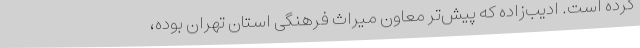
کرده است. ادیب‌زاده که پیش‌تر معاون میراث فرهنگی استان تهران بوده،